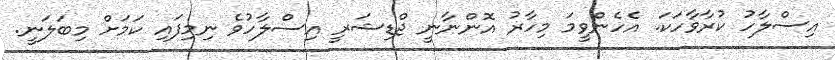
އިސްލާހު ކުރާވާހަކަ. އެހެންވީމަ މިހާރު އޮންނާނީ ޖްޑިޝަރީ އިސްލާހުވެ ނިމިފައި ކަމަށް މިބަލަނީ.